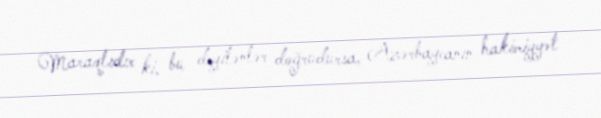
Maraqlıdır ki, bu deyilənlər doğrudursa, Azərbaycanın hakimiyyət